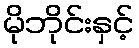
မိုဘိုင်းနှင့်